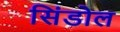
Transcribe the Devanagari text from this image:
सिंडोल